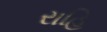
રાહિ